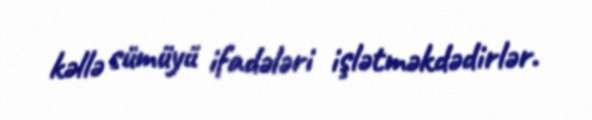
kəllə sümüyü ifadələri işlətməkdədirlər.